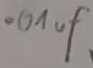
Text: .01uF